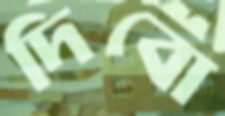
দিবো